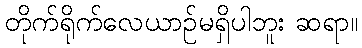
တိုက်ရိုက်လေယာဉ်မရှိပါဘူး ဆရာ။